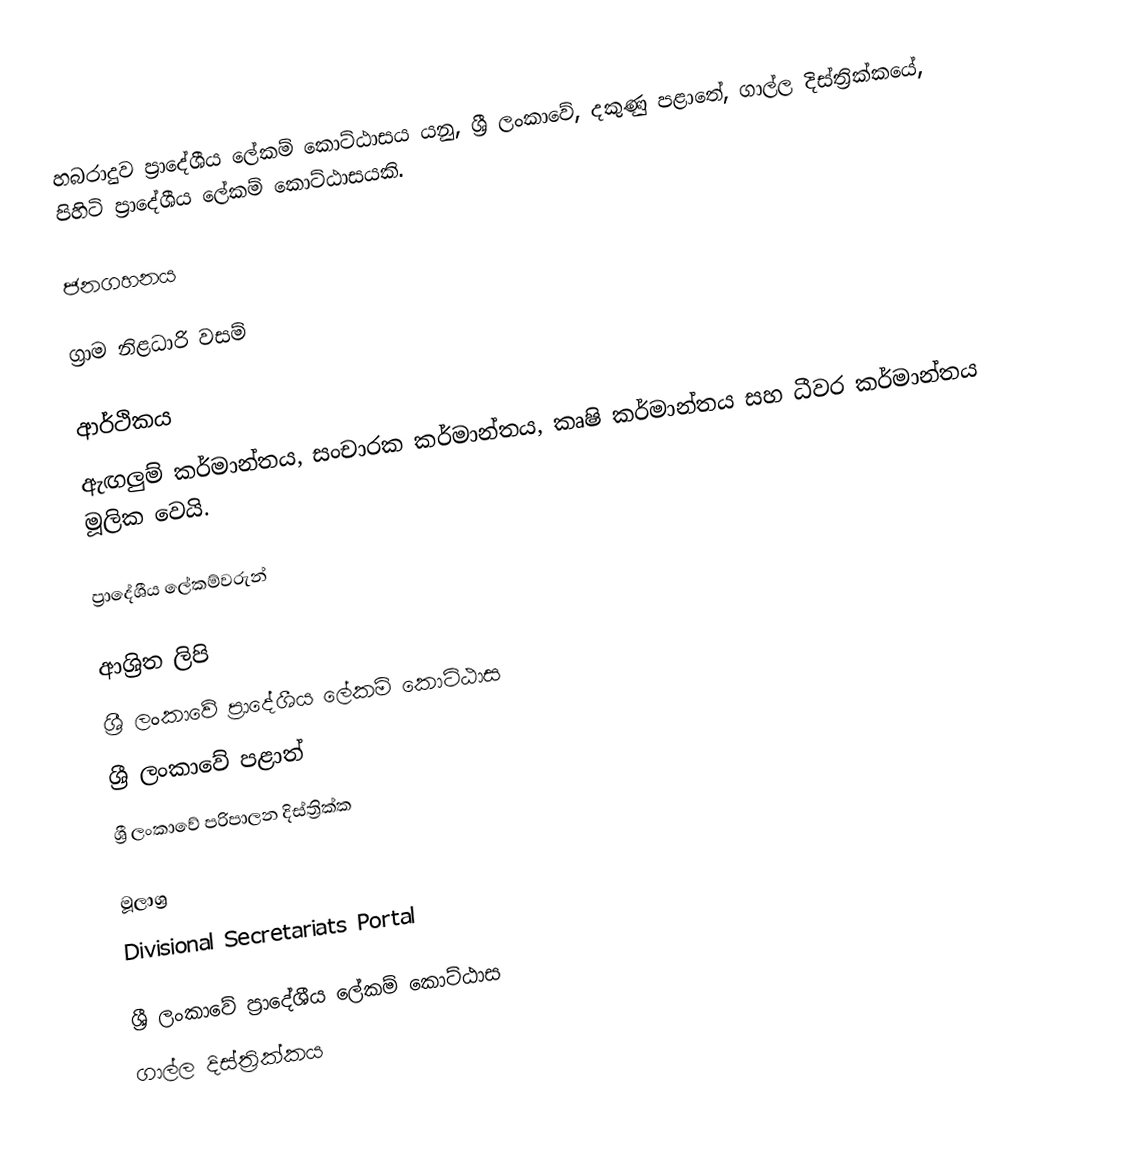
හබරාදුව ප්‍රාදේශීය ලේකම් කොට්ඨාසය යනු,  ශ්‍රී ලංකාවේ, දකුණු පළාතේ,   ගාල්ල දිස්ත්‍රික්කයේ, පිහිටි ප්‍රාදේශීය ලේකම් කොට්ඨාසයකි.

ජනගහනය

ග්‍රාම නිළධාරි වසම්

ආර්ථිකය
ඇඟලුම් කර්මාන්තය, සංචාරක කර්මාන්තය, කෘෂි කර්මාන්තය සහ ධීවර කර්මාන්තය මූලික වෙයි.

ප්‍රාදේශීය ලේකම්වරුන්

ආශ්‍රිත ලිපි
ශ්‍රී ලංකාවේ ප්‍රාදේශීය ලේකම් කොට්ඨාස
ශ්‍රී ලංකාවේ පළාත්
ශ්‍රී ලංකාවේ පරිපාලන දිස්ත්‍රික්ක

මූලාශ්‍ර
 Divisional Secretariats Portal

ශ්‍රී ලංකාවේ ප්‍රාදේශීය ලේකම් කොට්ඨාස
ගාල්ල දිස්ත්‍රික්කය